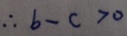
\therefore b - c > 0